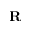
\mathbf { R }